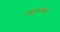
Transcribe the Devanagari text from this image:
चंद्रपूरमधील